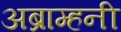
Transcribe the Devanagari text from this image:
अब्राम्हनी